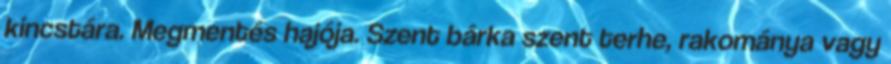
kincstára. Megmentés hajója. Szent bárka szent terhe, rakománya vagy